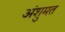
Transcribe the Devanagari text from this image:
अंशुमत